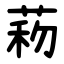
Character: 菞